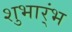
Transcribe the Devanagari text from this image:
शुभार्ंभ